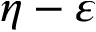
\eta - \varepsilon